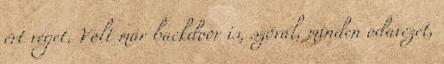
ért véget. Volt már backdoor is, szóval, minden odavezet,